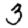
Digit: 3